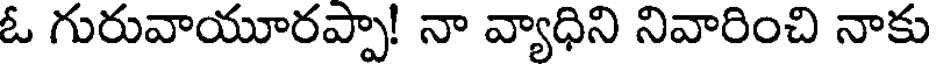
ఓ గురువాయూరప్పా! నా వ్యాధిని నివారించి నాకు